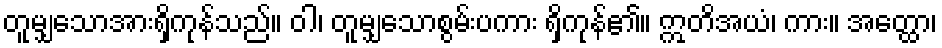
တူမျှသောအားရှိကုန်သည်။ ဝါ၊ တူမျှသောစွမ်းပကား ရှိကုန်၏။ ဣတိအယံ၊ ကား။ အတ္ထော၊